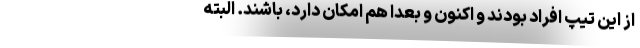
از این تیپ افراد بودند و اکنون و بعداً هم امکان دارد، باشند. البته